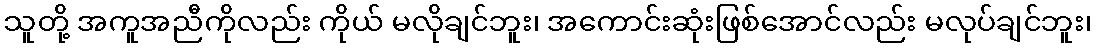
သူတို့ အကူအညီကိုလည်း ကိုယ် မလိုချင်ဘူး၊ အကောင်းဆုံးဖြစ်အောင်လည်း မလုပ်ချင်ဘူး၊